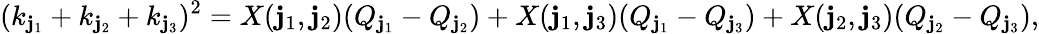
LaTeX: (k_{\mathbf{j}_{1}}+k_{\mathbf{j}_{2}}+k_{\mathbf{j}_{3}})^{2}=X(\mathbf{j}_{1},\mathbf{j}_{2})(Q_{\mathbf{j}_{1}}-Q_{\mathbf{j}_{2}})+X(\mathbf{j}_{1},\mathbf{j}_{3})(Q_{\mathbf{j}_{1}}-Q_{\mathbf{j}_{3}})+X(\mathbf{j}_{2},\mathbf{j}_{3})(Q_{\mathbf{j}_{2}}-Q_{\mathbf{j}_{3}}),